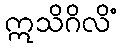
ဣသိဂိလိံ